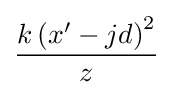
{\frac {k\left(x^{\prime }-jd\right)^{2}}{z}}